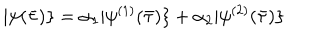
LaTeX: | \psi ( \bar { \tau } ) \} = \alpha _ { 1 } | \psi ^ { ( 1 ) } ( \bar { \tau } ) \} + \alpha _ { 2 } | \psi ^ { ( 2 ) } ( \bar { \tau } ) \}